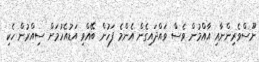
ނޫސްވެރިންނާއި އާއްމުން ވެސް ވައްދައިގެން އެންމެ ފަހުން ބޭއްވި އަޑުއެހުމަށް ސިއްރުން ހެކި